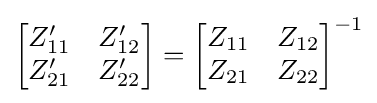
{\begin{bmatrix}Z'_{11}&Z'_{12}\\Z'_{21}&Z'_{22}\end{bmatrix}}={\begin{bmatrix}Z_{11}&Z_{12}\\Z_{21}&Z_{22}\end{bmatrix}}^{-1}